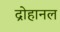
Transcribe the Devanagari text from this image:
द्रोहानल